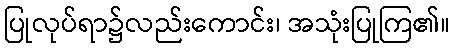
ပြုလုပ်ရာ၌လည်းကောင်း၊ အသုံးပြုကြ၏။